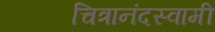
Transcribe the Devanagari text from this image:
चित्रानंदस्वामी